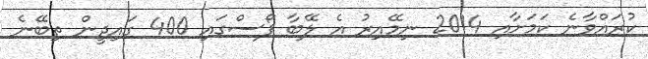
ކުރައްވާނެ ކަމަށާއި 2014 ނިމޭއިރު އެ ލޭބާ ފޯސްގައި 400 ގައިދީން ތިބޭނެ